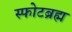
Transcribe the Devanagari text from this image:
स्फोटब्रह्म